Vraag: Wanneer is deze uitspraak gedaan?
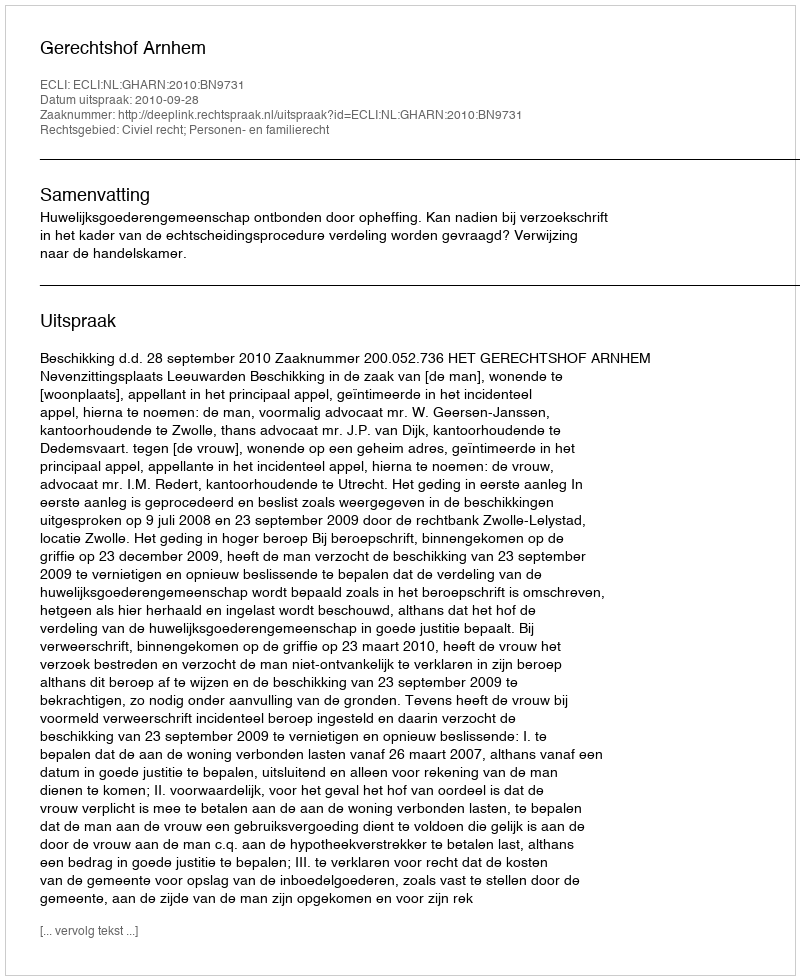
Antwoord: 2010-09-28